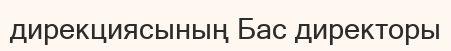
дирекциясының Бас директоры